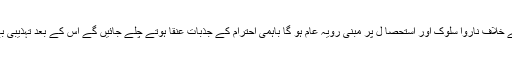
ان افسانوں کے مطالعہ سے یہ بات واضح ہو جاتی ہے کہ جب بھی معاشرے میں انسانیت کے خلاف ناروا سلوک اور استحصا ل پر مبنی رویہ عام ہو گا باہمی احترام کے جذبات عنقا ہوتے چلے جائیں گے اس کے بعد تہذیبی بے یقینی معاشرے کو اس مقام پر پہنچا دیتی ہے جہاں انسانی اقدار خیال و خواب بن جاتی ہیں۔